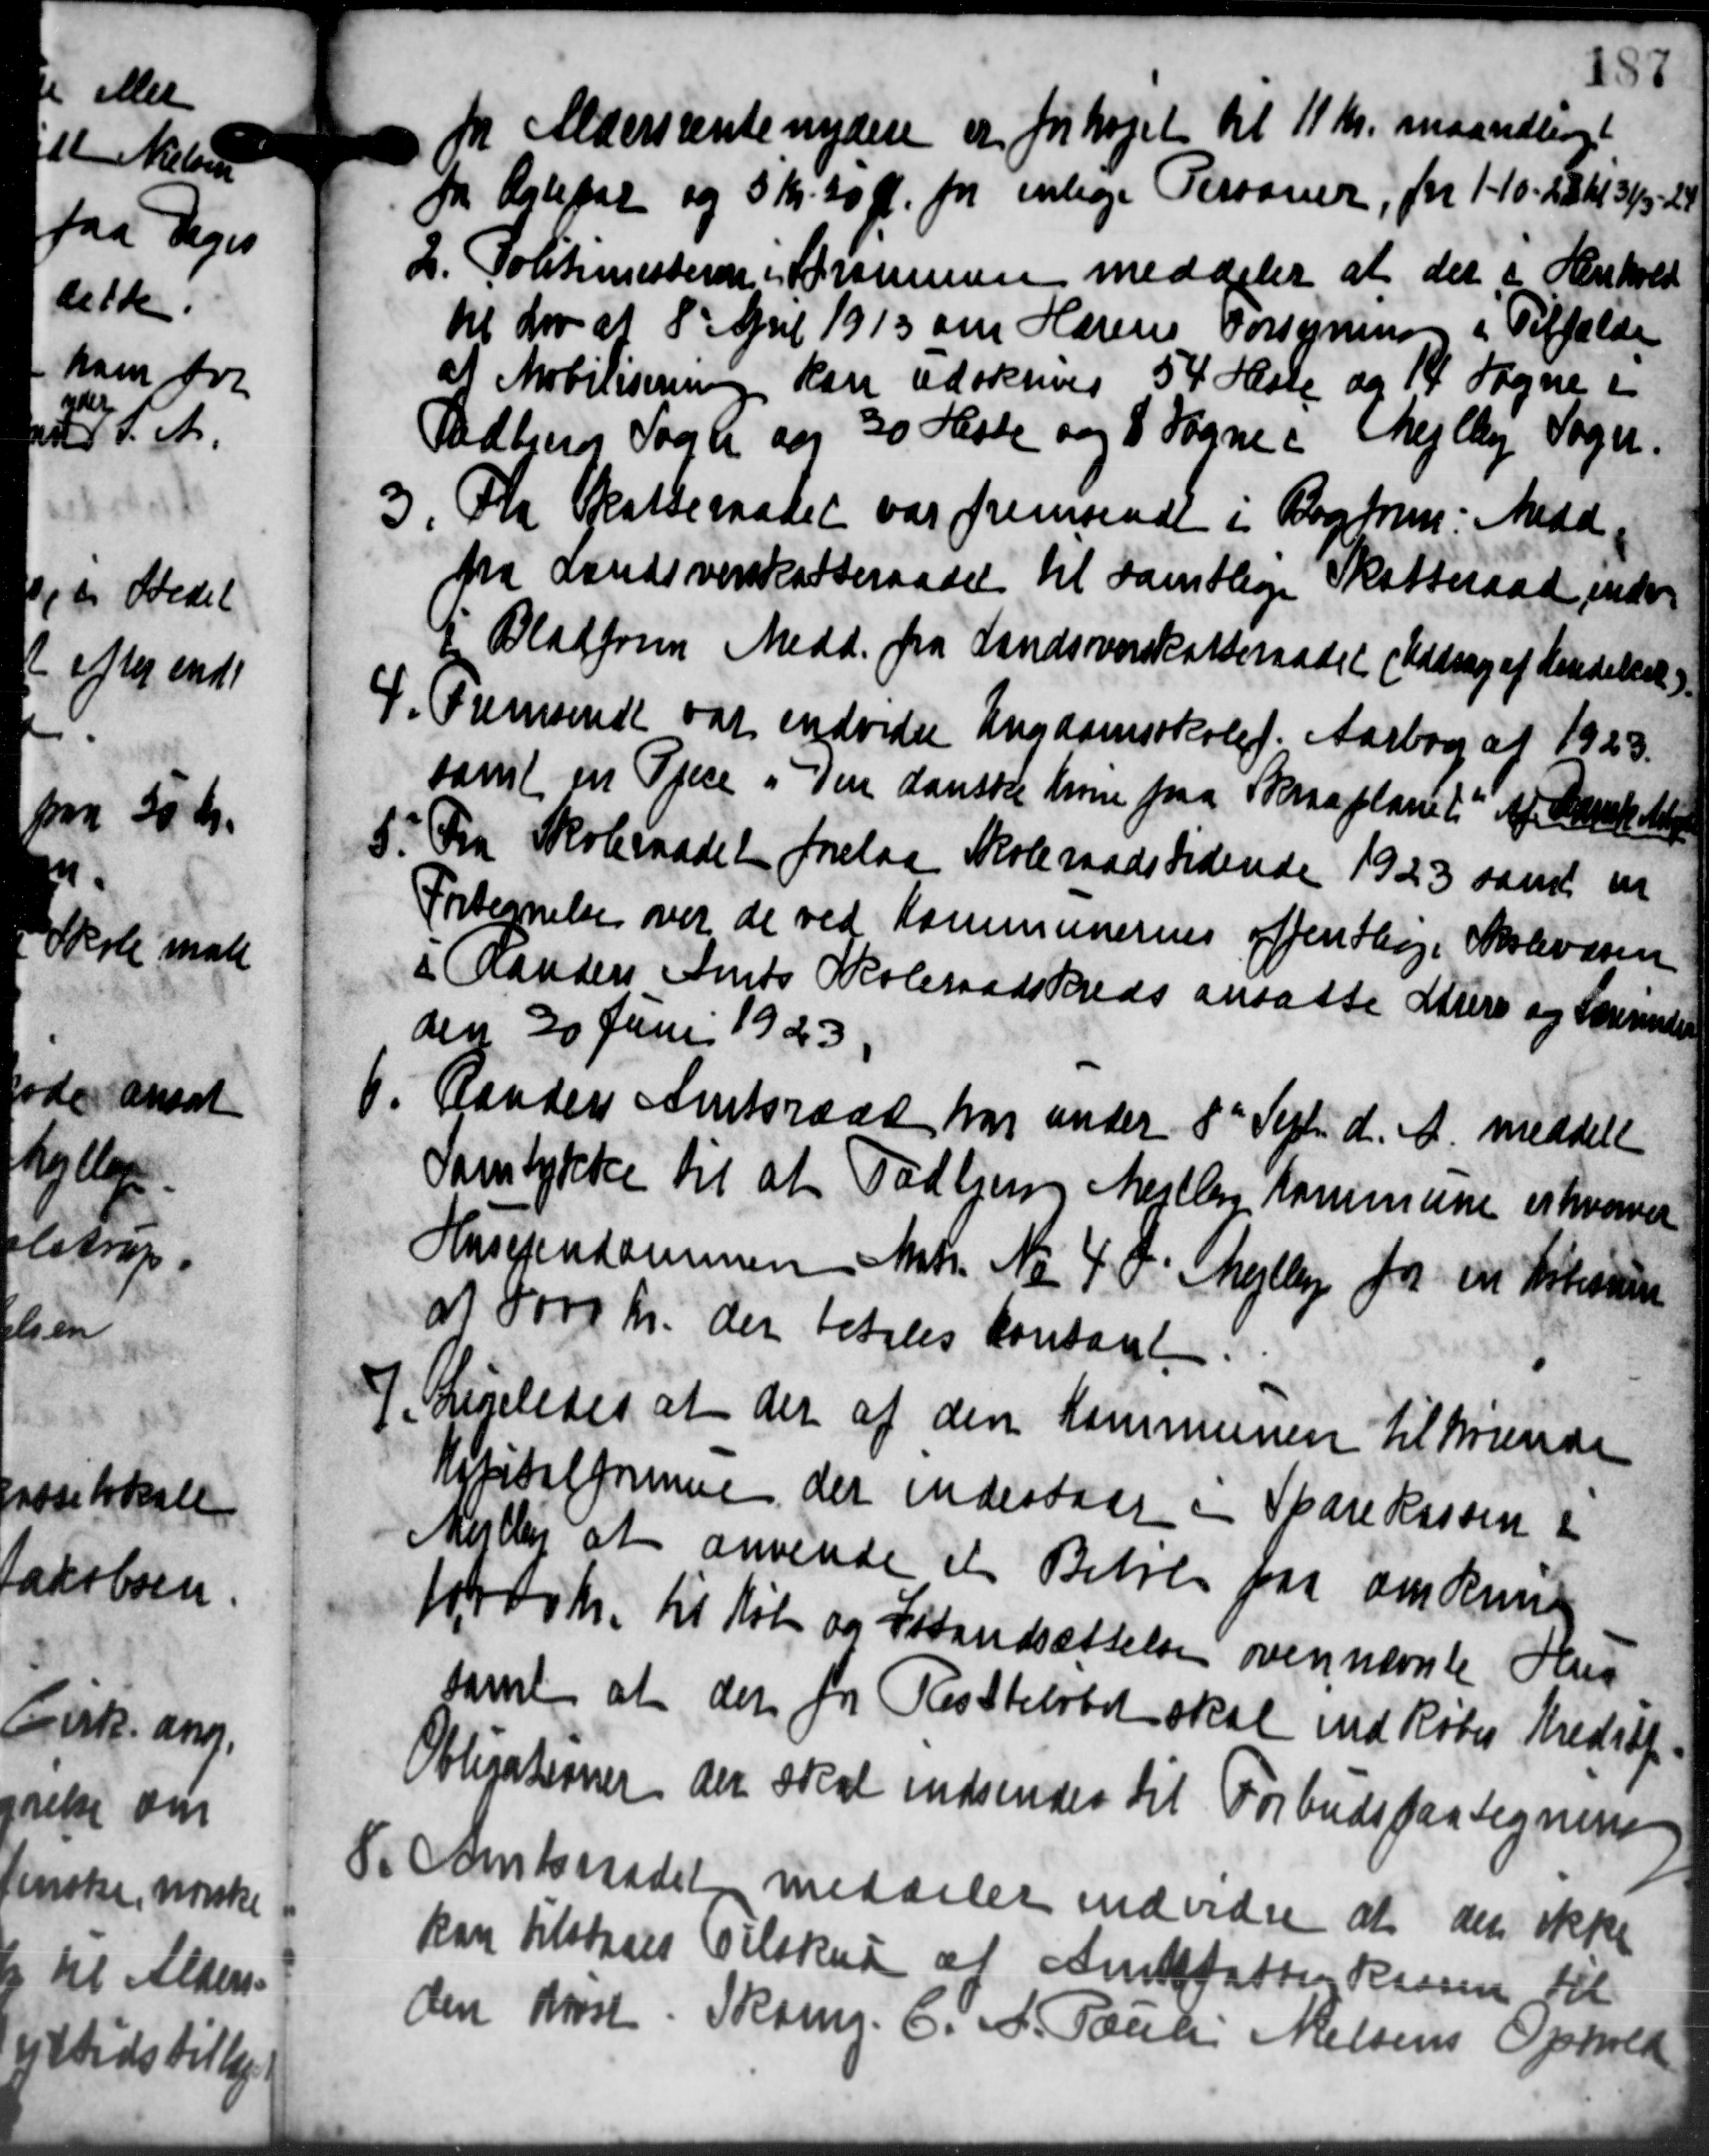
Transskription:
187
for Aldersrentenydere er forhøjet til 11 Kr. maandling
fra Arlekal og 5 Kr. 20 Øre fra enlige Personer, fra 1-10. 22 Kr 31/5 til
2. Politimesteren i Sommen meddeler at der i Henhold
til Lov af 8' April 1913 om Hærens Forsyning i Tilfælde
at Mobilisning kan udskrives 54 Heste og 14 Sogne i
Paabens Sogn og 30 Hasle og 8 Sogne i Mejlby Sogn.
3. Fra Skatteraadet var fremsendt i Bogtrum Medd.
fra Landiverskatteraadet til Samtlige Skatteraad inden
1 Bladeren Medd. fra Landsvarskatteraadet Uddrag af Kendelse
4. Fremsende var endvider Ungdomsskolef. Aarbog af 1923.
samt en Tjene. Den danske krone paa Skraaplanet af Dansk A
5. Fra Skoleraadet forelaa Skoleraadstidende 1923 samt en
Fortegnelse over de ved Kommunernes offentlige Skolevæsen
i Randers Amts Skoleraadskreds ansatte Mure og Lærerinden
den 30 Juni 1923
6.
Randers Amtsraad har under 8de Septr d. A. meddele
Samtykke til at Todbjerg Mejlby Kommune erhverves
Husejendommen Matr. No 4. F. Mejlby for en Holmen
af 8000 Kr. der betales kontant.
9. Ligeledes at der af den Kommunen tilhørende
Kapitalformene, der indestaae i Sparekassen i
Metlig at anvende et Beløb paa omkrin
forsk. til Køb og Strandsættelsen ovennævnte Hus
samt at der fra Restbeløbet skal indkøber Kreditf
Obligationer der skal indsendes til Forbudspaategning
S Amtsraadet meddeler indvidre at den ikke
kan tilstaaes Tilskud af Amtsfatter Kassen til
den Høst. Skom. C. A. Paulie Nielsens Ophold